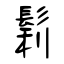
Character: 鬁